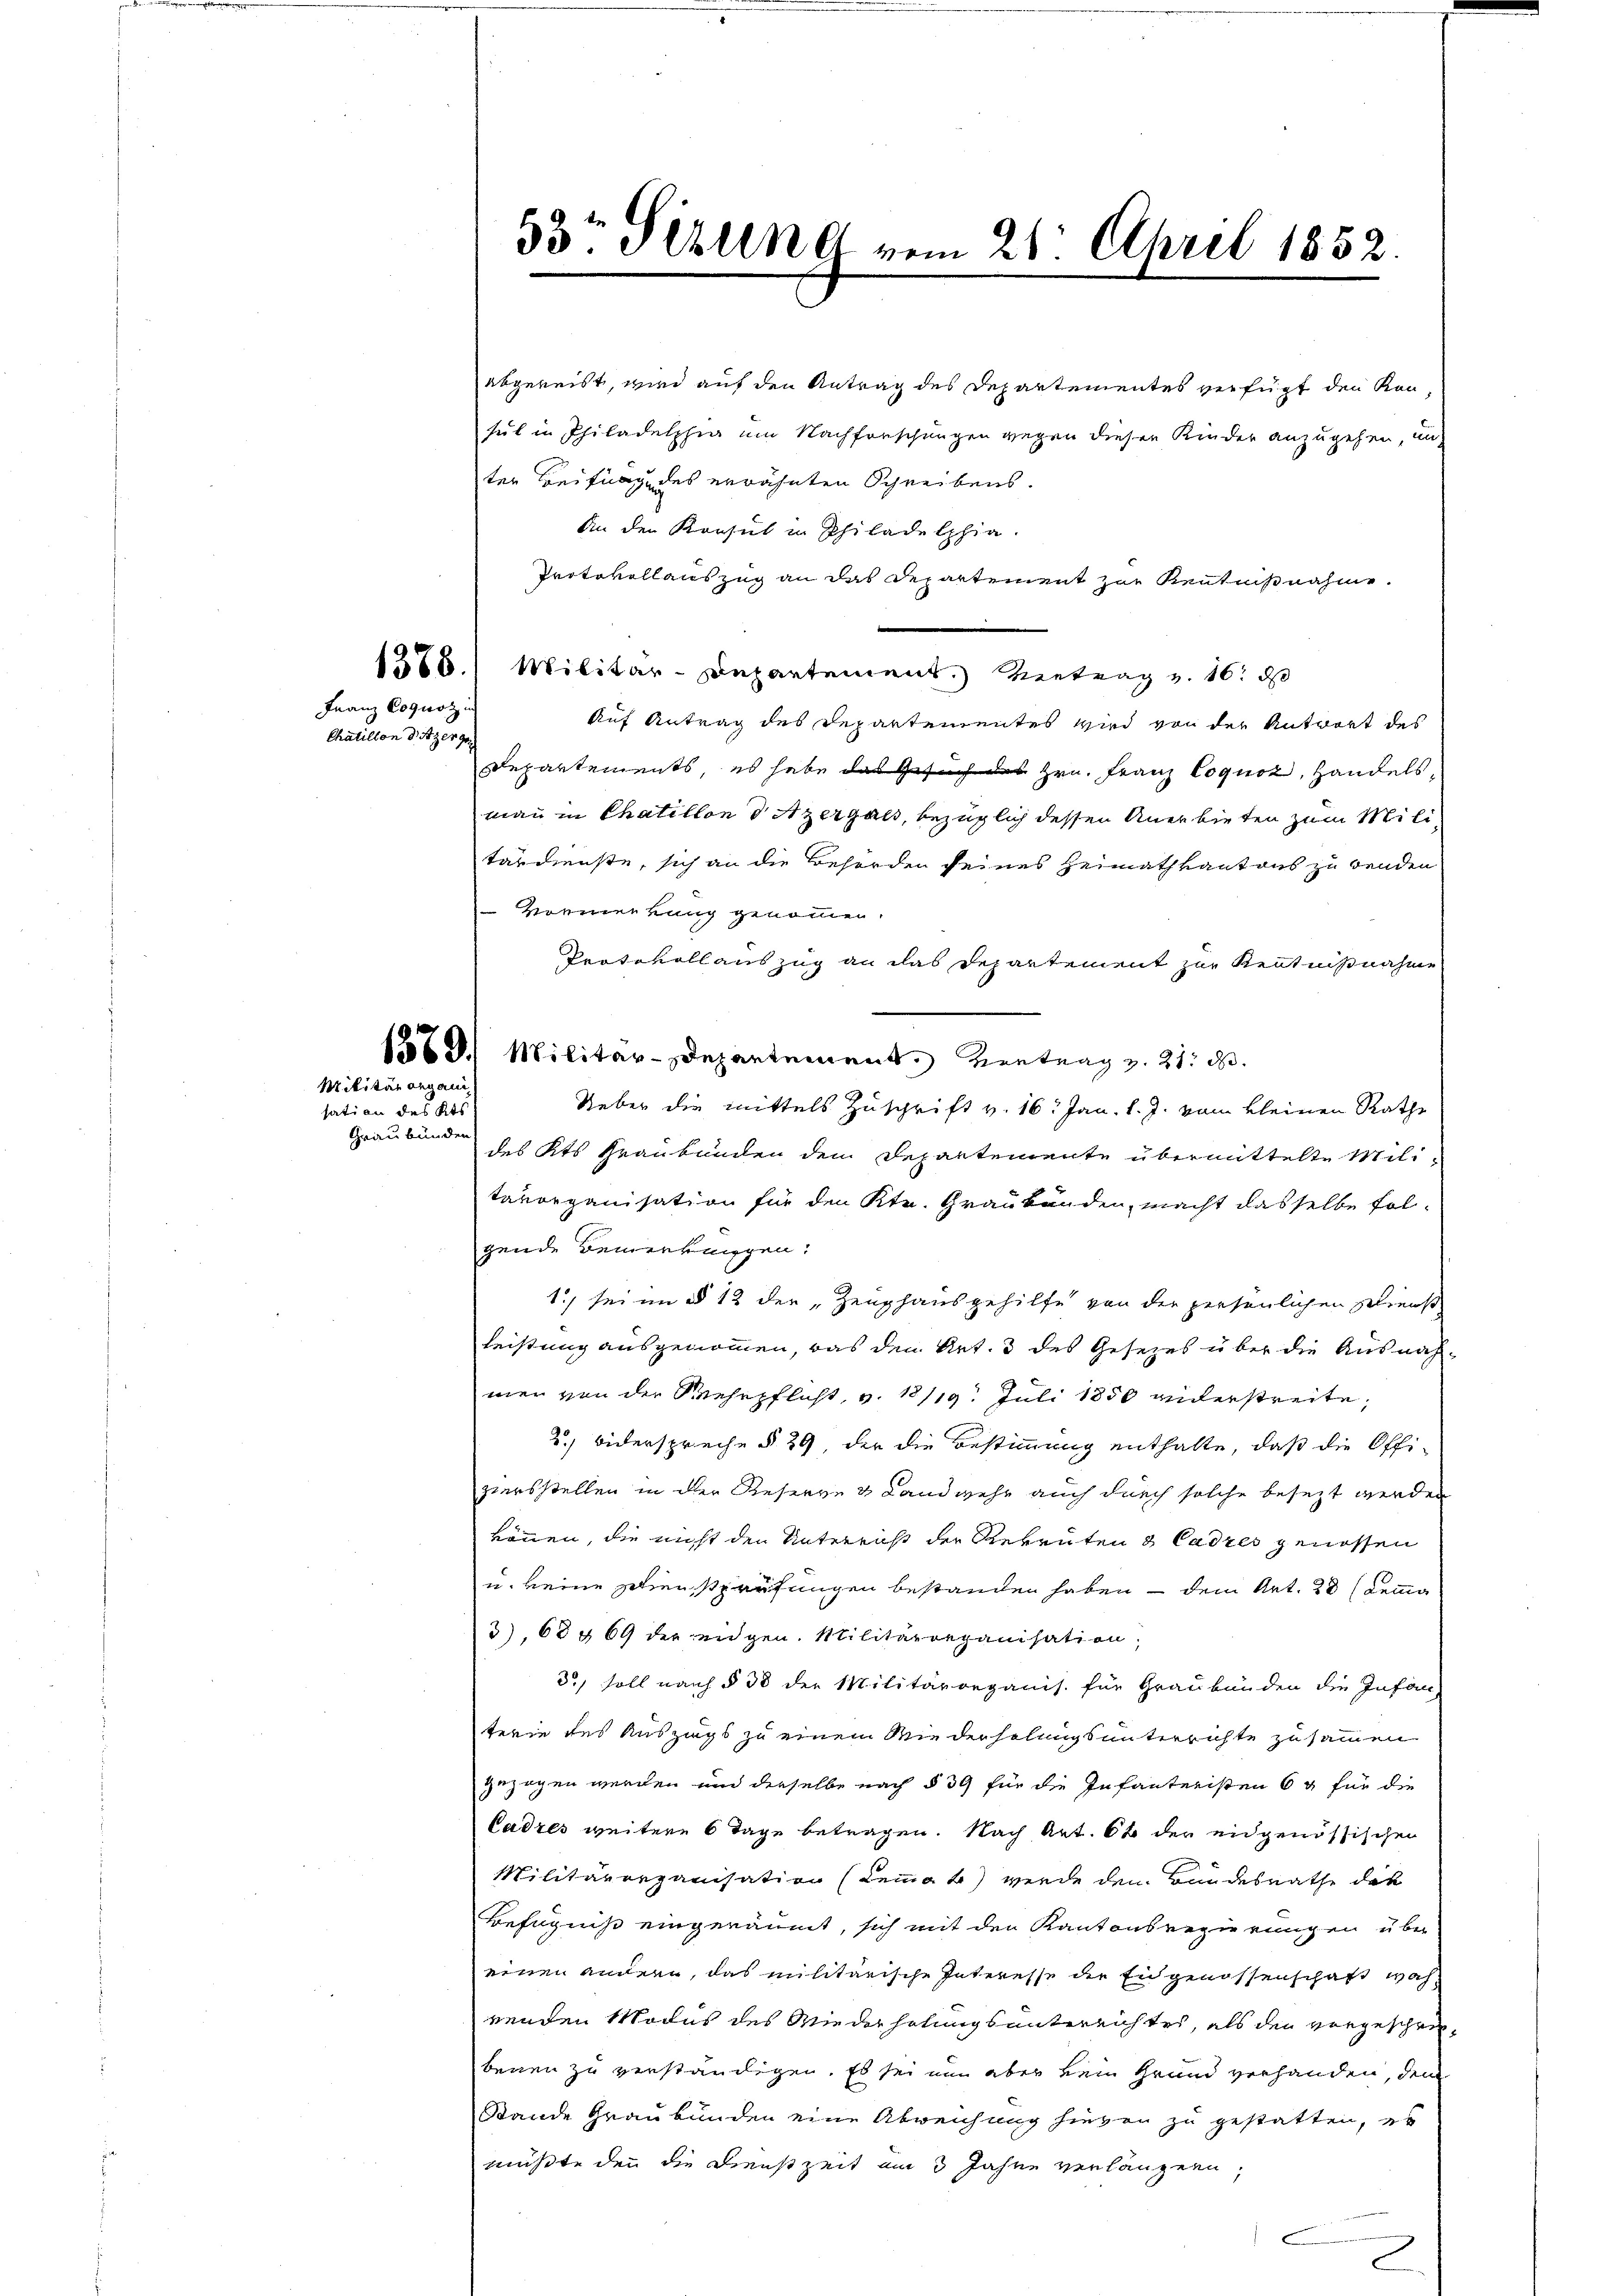
Chatillon d. zergr

Franz Cogwoz in

Militärorgani

sation des Kts.
Graubünder

abgereist, wird auf den Antrag des Departementes verfügt den Kansul in Philadelphia um Nachforschungen wegen diesen Kinder anzugehen, un
ter Beifung des erwähnten Schreibens.
An den Konsul in Philadelphia
Protokollauszug an das Departement zur Kenntnißnahme.
1378. Militar-Departement. Vertrag v. 16. d
Auf Antrag des Departementes wird von der Antwort des
Departements, es habe das Gesuches Hrn. Franz Loquoz, Handelsmann in Chatellon sitzergalt, bezüglich dessen Anerbieten zum Militärdienste, sich an die Behörden seines Heimathkantons zu benden
Vormenkung genommen.
Protokoll auszug an das Departement zur Kenntnißnahme
13. Militar-Departement. Vertrag v. 21. d.
Ueber die mittels Zuschrift v. 16. Jan. l. J. vom kleinen Rathe
des Kts Graubünden dem Departemente übermittelte Militärorganisation für den Ktr. Graukanden, macht dasselbe folgende Bemerkungen.
1.) sei im § 12 der „Zeughausgehilfe von der persönlichen Schreis
leistung ausgenommen, das den Art. 3 des Gesezes über die Ausnahmer von der Wehrpflicht, v. 18/19. Juli 1850 widerstreite,
2.) Widerspreche § 29, der die Bestimmung enthalte, daß die Offi-
ziersstellen in der Reserve & Landwehr auch durch solche besezt werden
können, die nicht den Unterricht der Rekruten & Cadres genossen
u. keine Schlußprüfungen bestanden haben – dem Art. 28 (Kemma
3), 68 § 69 der eidgen. Militärorganisation,
3, soll nach § 38 der Militärorganis. für Graubünden die Infan
terie des Auszugs zu einem Wiederholungsunterrichte zusammen
gezogen werden und derselbe nach § 39 für die Infanteristen 6 g für die
Cadres weitere 6 Tage betragen. Nach Art. 66 der eidgenössischen
Militärorganisation (Lemma 4) werde den Bundesrathe der
Befugniß eingeräumt, sich mit den Kantonsregierungen über
einen andern, das militärische Interesse der Eidgenossenschaft wah
wenden Modus des Wiederholung unterrichtes, als den vorgescheibenen zu verständigen. Es sei nun aber kein Grund verhanden, dem
Stande Graubünden eine Abweichung hievon zu gestatten, es
müßte den die Dienstzeit am 3 Jahre verlängern,

33t Sezung vom 21. April 1852.